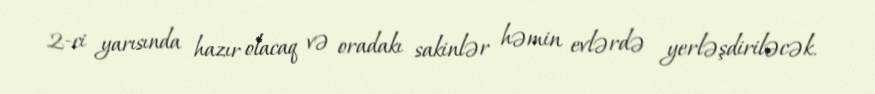
2-ci yarısında hazır olacaq və oradakı sakinlər həmin evlərdə yerləşdiriləcək.